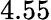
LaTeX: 4.55